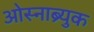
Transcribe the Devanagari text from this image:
ओस्नाब्र्युक